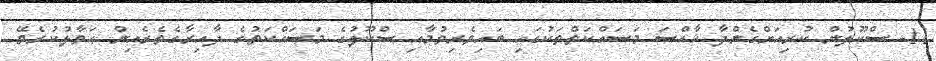
11- ސްކޫލުން ކުރިއަށްގެންދާ ޚާއްސަ މަސައްކަތްތަކުގައި ބައިވެރިވުމާއި ސްކޫލުގެ މަސައްކަތުގެ ދާއިރާގެތެރެއިން ޙަވާލުކުރެވޭ